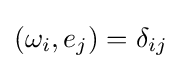
(\omega _{i},e_{j})=\delta _{ij}